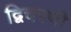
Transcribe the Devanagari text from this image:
द्विचरणी